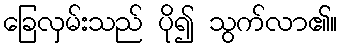
ခြေလှမ်းသည် ပို၍ သွက်လာ၏။